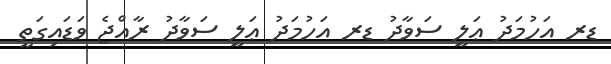
ޑރ އަހުމަދު ޢަލީ ސަވާދު ޑރ އަހުމަދު ޢަލީ ސަވާދު ރާއްޖެ ވަޑައިގަތީ